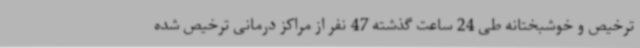
ترخیص و خوشبختانه طی 24 ساعت گذشته 47 نفر از مراکز درمانی ترخیص شده